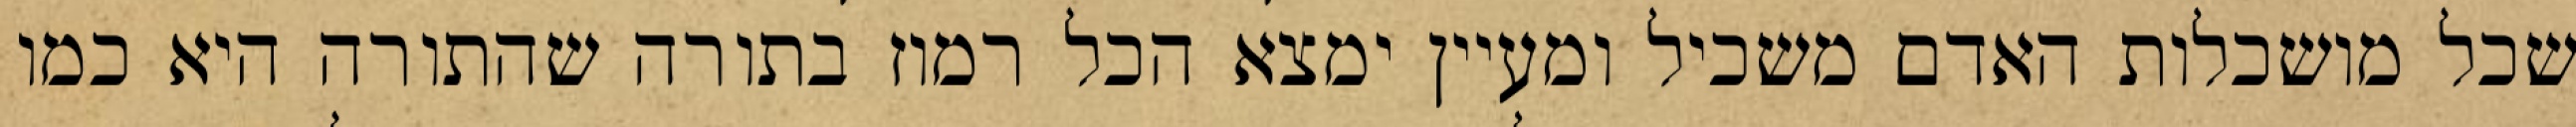
שכל מושכלות האדם משכיל ומעיין ימצא הכל רמוז בתורה שהתורה היא כמו